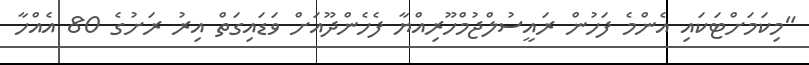
"މިކަމަށްޓަކައި އެންމެ ފަހުން ރައީސުލްޖުމްހޫރިއްޔާ ފެހެންދޫއަށް ވަޑައިގަތް އިރު ރަށުގެ 80 އެއްހާ